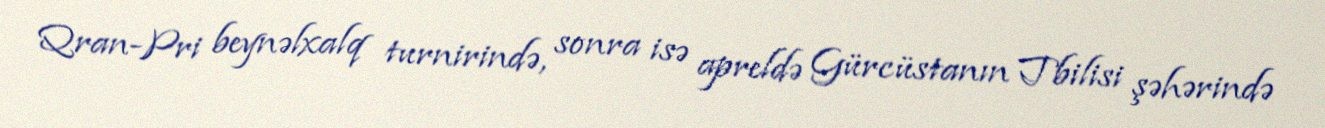
Qran-Pri beynəlxalq turnirində, sonra isə apreldə Gürcüstanın Tbilisi şəhərində